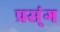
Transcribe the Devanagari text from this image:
प्रस्ंग